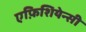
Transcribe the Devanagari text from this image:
एफ़िशियेन्सी